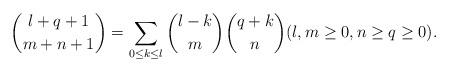
LaTeX: \begin{align*}\binom{\l +q+1}{m+n+1}=\sum_{0\le k \le \l} \binom{\l -k}{m}\binom{q+k}{n} (\l, m \ge 0, n\ge q\ge 0).\end{align*}